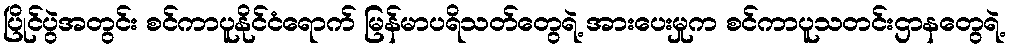
ပြိုင်ပွဲအတွင်း စင်ကာပူနိုင်ငံရောက် မြန်မာပရိသတ်တွေရဲ့ အားပေးမှုက စင်ကာပူသတင်းဌာနတွေရဲ့